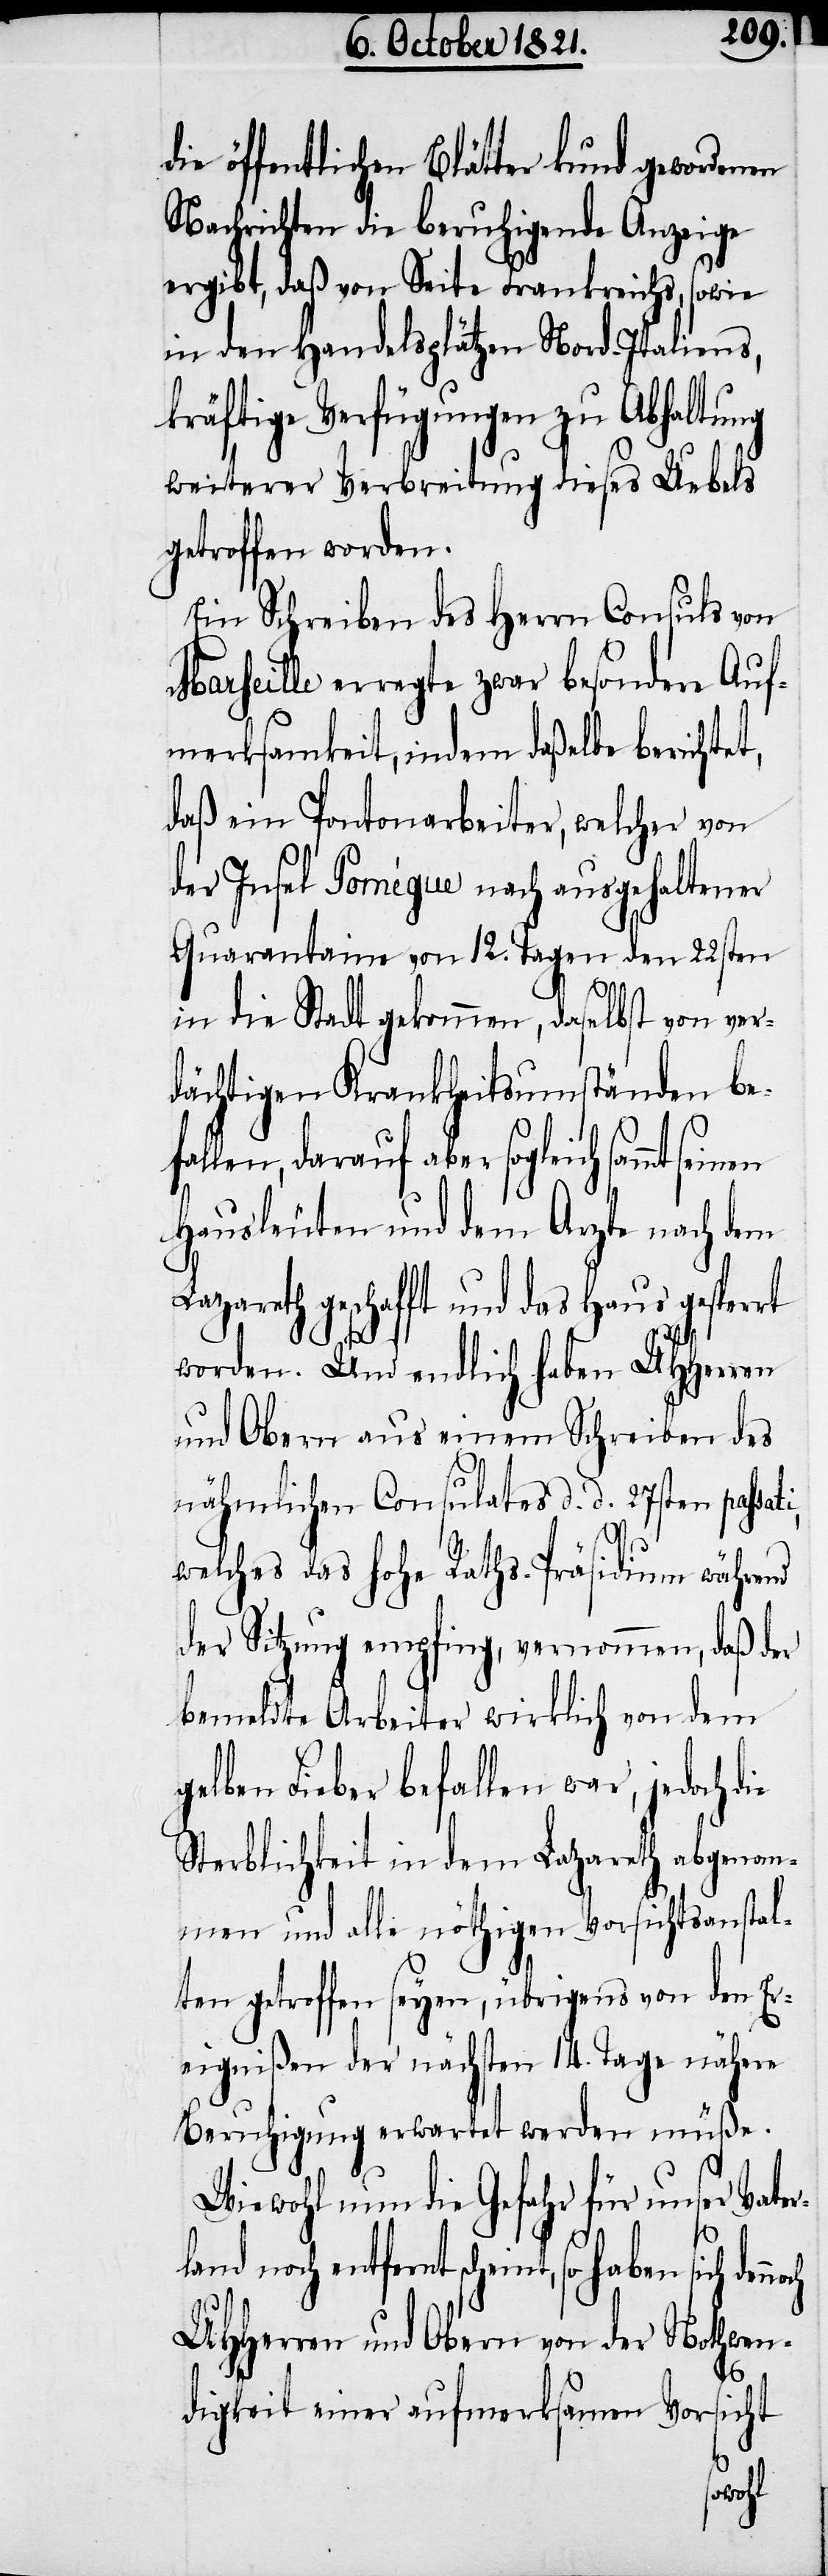
die öffentlichen Blätter kund gewordenen
Nachrichten die beruhigende Anzeige
ergibt, daß von Seite Frankreichs, sowie
in den Handelsplätzen Nord-Italiens,
kräftige Verfügungen zu Abhaltung
weiterer Verbreitung dieses Uebels
getroffen worden.
Ein Schreiben des Herrn Consuls von
Marseille erregte zwar besondere Auf¬
merksamkeit, indem daßelbe berichte¬
daß ein Pontonarbeiter, welcher von
der Insel Pomègue nach ausgehaltener
Quarantaine von 12. Tagen den 22sten
in die Stadt gekommen, daselbst von ver¬
dächtigen Krankheitsumständen bef¬
allen, darauf aber sogleich sammt
Hausleuten und dem Arzte nach dem
Lazareth geschafft und das Haus gesperrt
worden. Und endlich haben UHHerren
und Obern aus einem Schreiben des
nähmlichen Consulates d. d. 27sten passa¬
welches das hohe Raths-Präsidium während
der Sitzung empfing, vernommen, daß der
bemeldte Arbeiter wirklich von dem
elben Fieber befallen war, jedoch
Sterblichkeit in dem Lazareth abgenom¬
men und alle nöthigen Vorsichtsanstal¬
ten getroffen seyen, übrigens von den Er¬
eignißen der nächsten 14. Tage nähere
Beruhigung erwartet werden müße.
Wiewohl nun die Gefahr für unser Vater¬
g¬
land noch entfernt scheint, so haben
UHHerren und Obern von der Nothwen¬
digkeit einer aufmerksamen Vorsicht